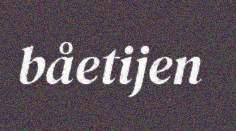
båetijen